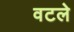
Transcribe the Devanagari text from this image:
वटले